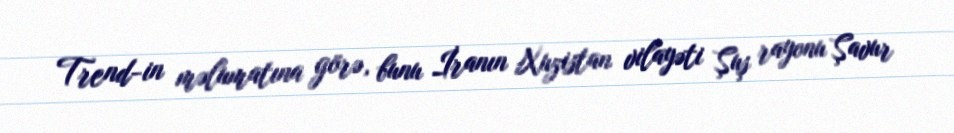
Trend-in məlumatına görə, bunu İranın Xuzistan vilayəti Şuş rayonu Şavur